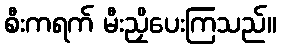
စီးကရက် မီးညှိပေးကြသည်။